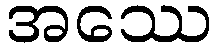
အဿေ